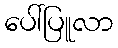
ပေါ်ပြူလာ